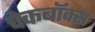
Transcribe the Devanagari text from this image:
चेकबॉक्स